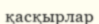
қасқырлар